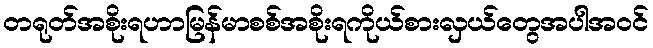
တရုတ်အစိုးရဟာမြန်မာစစ်အစိုးရကိုယ်စားလှယ်တွေအပါအဝင်